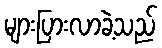
များပြားလာခဲ့သည်